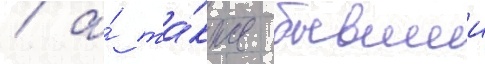
/ а́ та́кже бывшии